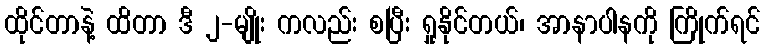
ထိုင်တာနဲ့ ထိတာ ဒီ ၂-မျိုး ကလည်း စပြီး ရှုနိုင်တယ်၊ အာနာပါနကို ကြိုက်ရင်